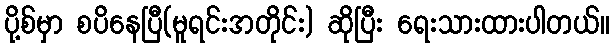
ပို့စ်မှာ စပိနေပြီ(မူရင်းအတိုင်း) ဆိုပြီး ရေးသားထားပါတယ်။